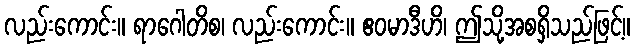
လည်းကောင်း။ ရာဂေါတိစ၊ လည်းကောင်း။ ဧဝမာဒီဟိ၊ ဤသို့အစရှိသည်ဖြင့်။